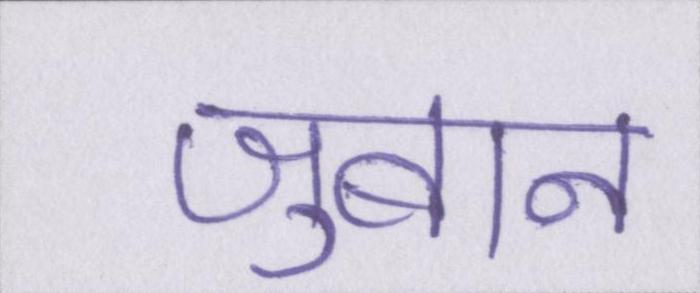
जुबान